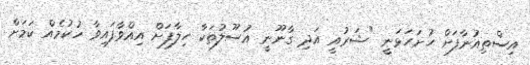
އިސްތިއުނާފަށް ހުށަހަޅަނީ "ޝަރުއީ އަދި ގާނޫނީ އުސޫލުތަކާ ހިލާފަށް އިއްވާފައިވާ ހުކުމެއް ކަމަށް